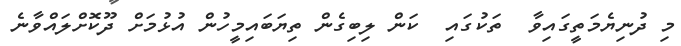
މި ދުނިޔެމަތީގައިވާ  ތަކުގައި  ކަން ލިބިގެން ތިޔަބައިމީހުން އުޅުމަށް ދޫކޮށްލައްވާނެ